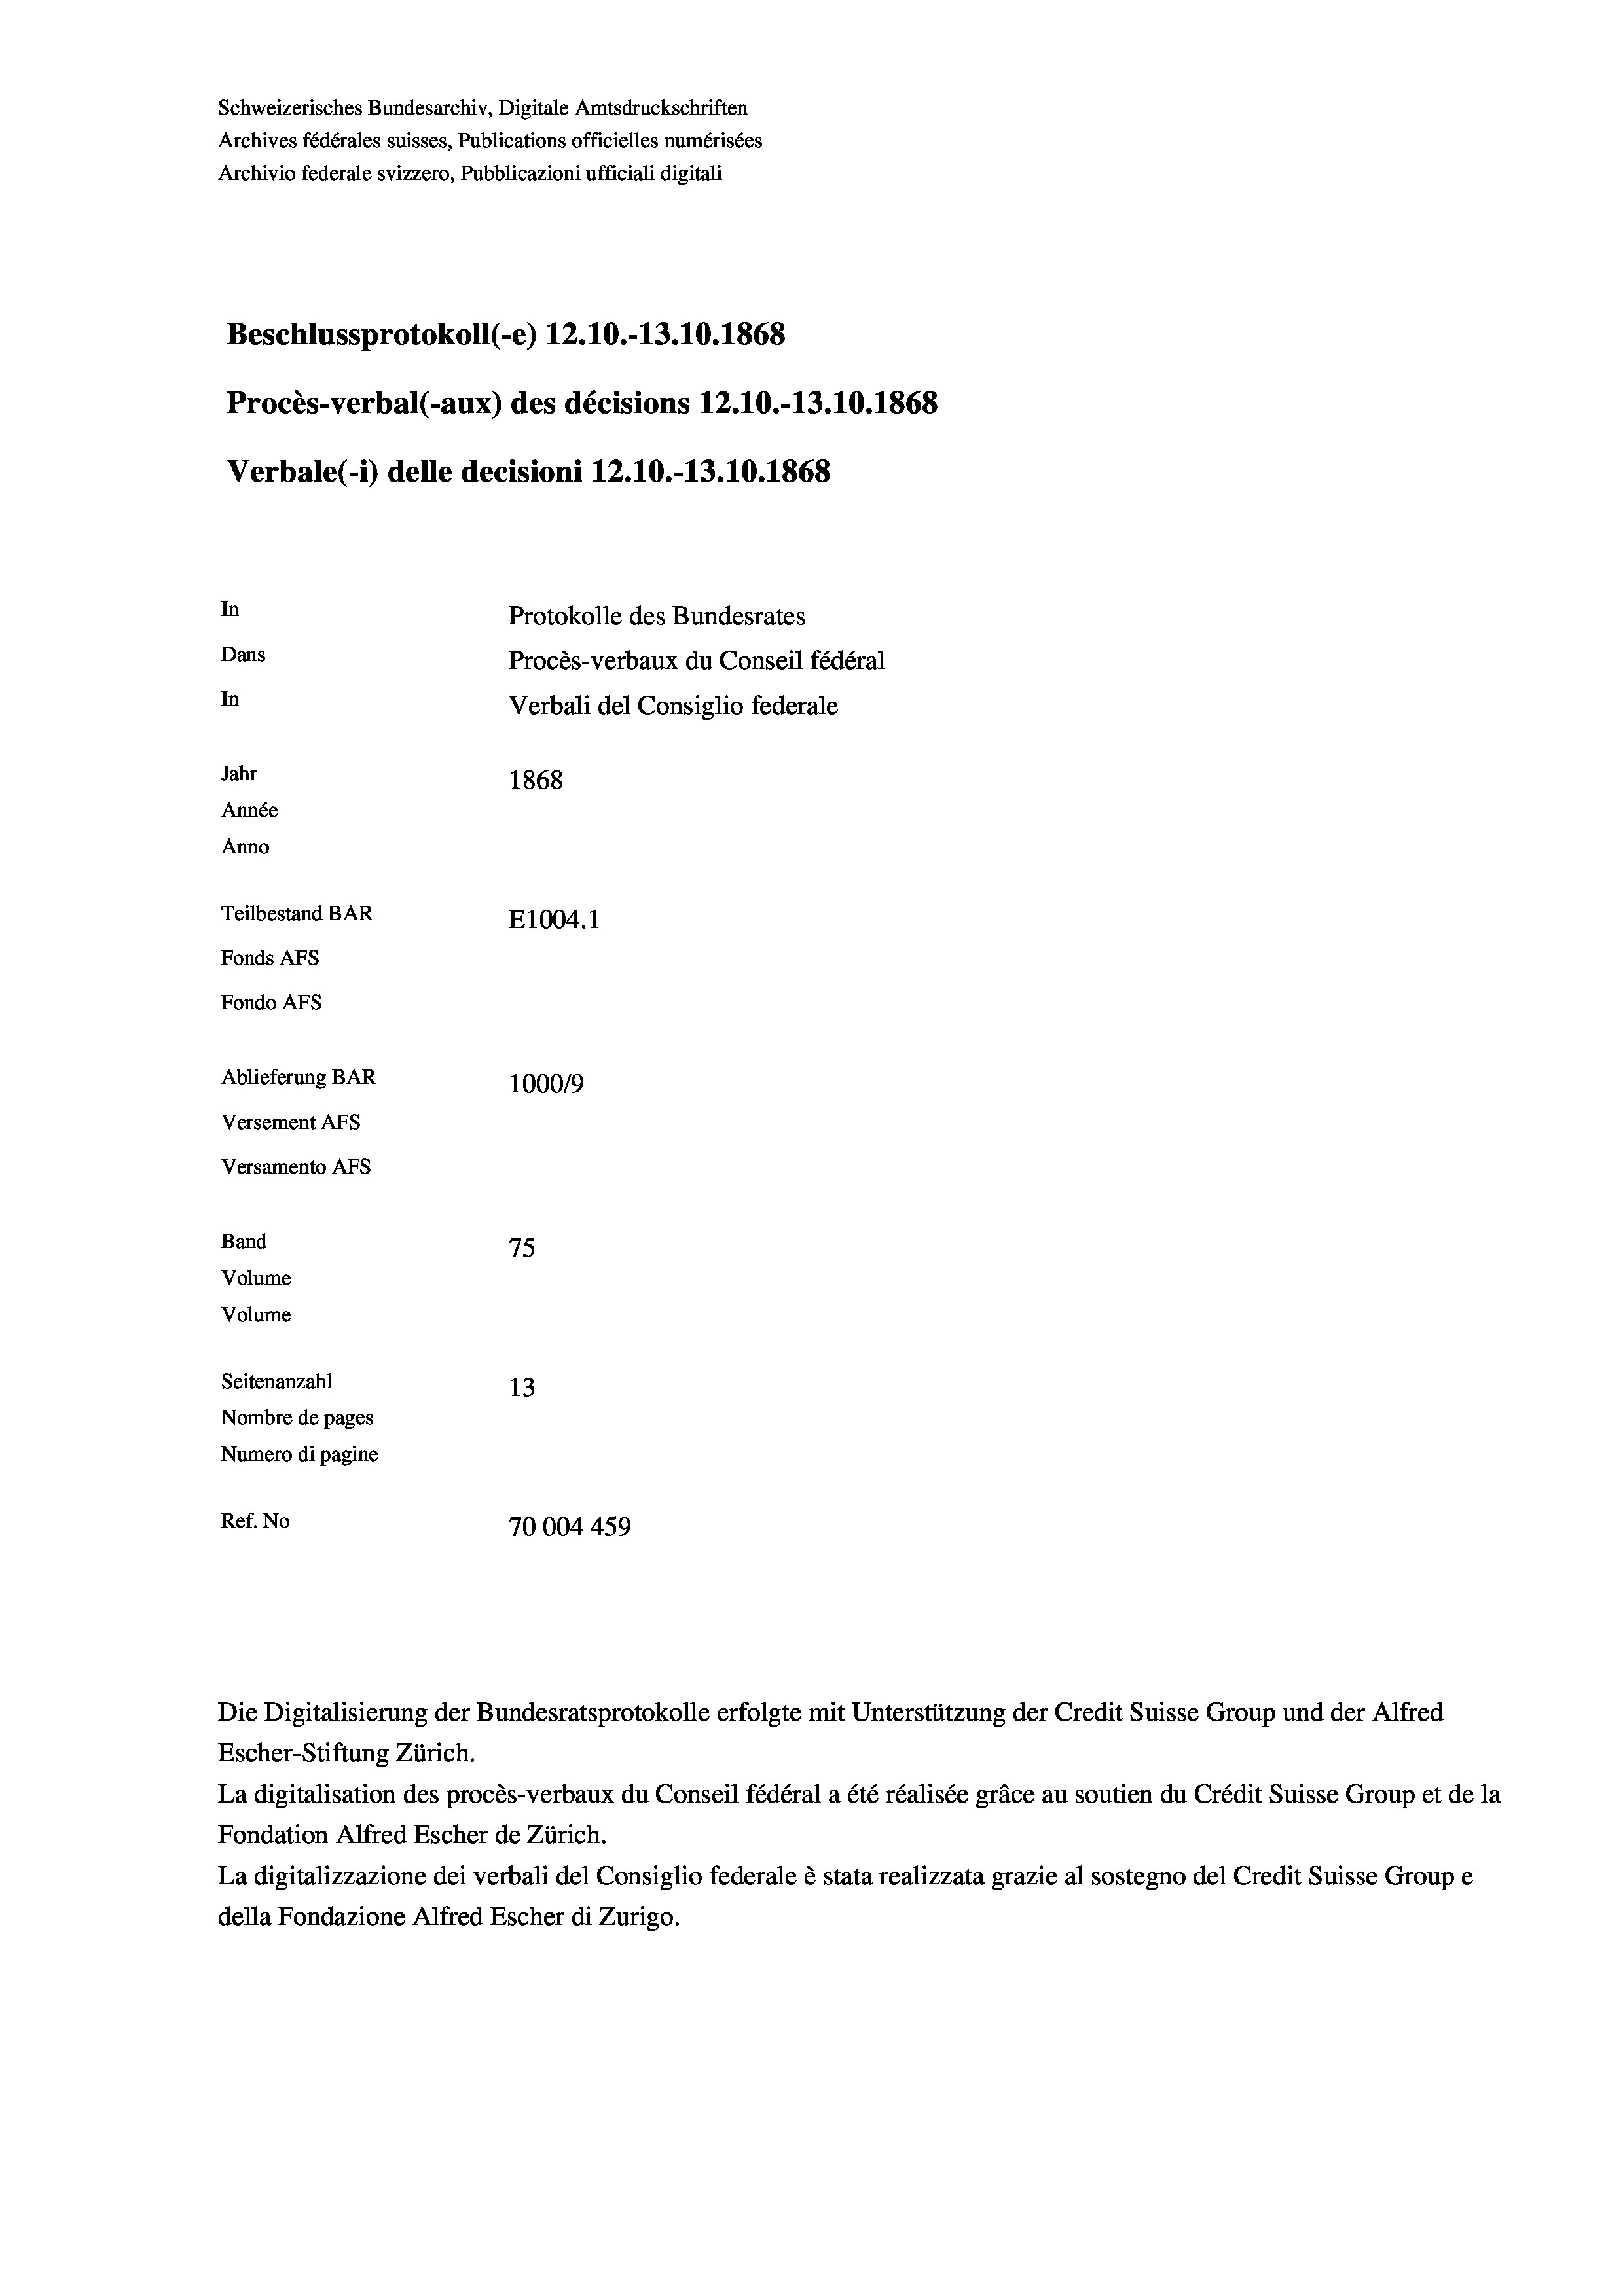
In
Protokolle des Bundesrates
Dans
Procès-verbaux du Conseil fédéral
In
Verbali del Consiglio federale
Jahr
1868
Année
Anno
Teilbestand BAR
E1004. 1
Fonds AFs
Fondo AFS

Schweizerisches Bundesarchiv, Digitale Amtsdruckschriften
Archives fédérales suisses, Publications officielles numérisées
Archivio federale svizzero, Pubblicazioni ufficiali digitali

Beschlussprotokoll (-e) 12.10.-13.10.1868

Procès-verbal (-aux) des décisions 12.10.-13.10.1868
Verbale (- 1) delle decisioni 12.10.-13.10.1868

Ablieferung BAR
Versement AFs
Versamento AFs
Band
Volume
Volume

1000/9
75
Seitenanzahl
13
Nombre de pages
Numero di pagine
Ref. No
70004459

Die Digitalisierung der Bundesratsprotokolle erfolgte mit Unterstützung der Credit Suisse Group und der Alfred
Escher-Stiftung Zürich.
La digitalisation des procès-verbaux du Conseil fédéral a été réalisée gräce au soutien du Crédit Suisse Group et de la
Fondation Alfred Escher de Zürich.
La digitalizzazione dei verbali del Consiglio federale è stata realizzata grazie al sostegno del Credit Suisse Groupe
della Fondazione Alfred Escher di Zurigo.